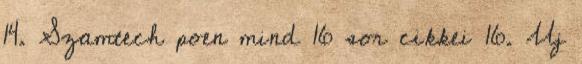
14. Szamtech poen mind 16 sor cikkei 16. Uj